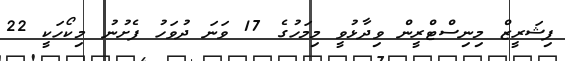
ފިޝަރީޒް މިނިސްޓްރީން ވިދާޅުވީ މިމަހުގެ 17 ވަނަ ދުވަހު ފެށުނު މިކޯހަކީ 22